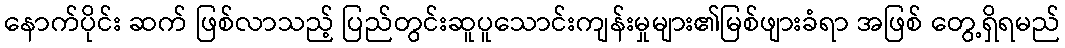
နောက်ပိုင်း ဆက် ဖြစ်လာသည့် ပြည်တွင်းဆူပူသောင်းကျန်းမှုများ၏မြစ်ဖျားခံရာ အဖြစ် တွေ့ရှိရမည်